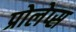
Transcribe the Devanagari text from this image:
प्रोलेप्स